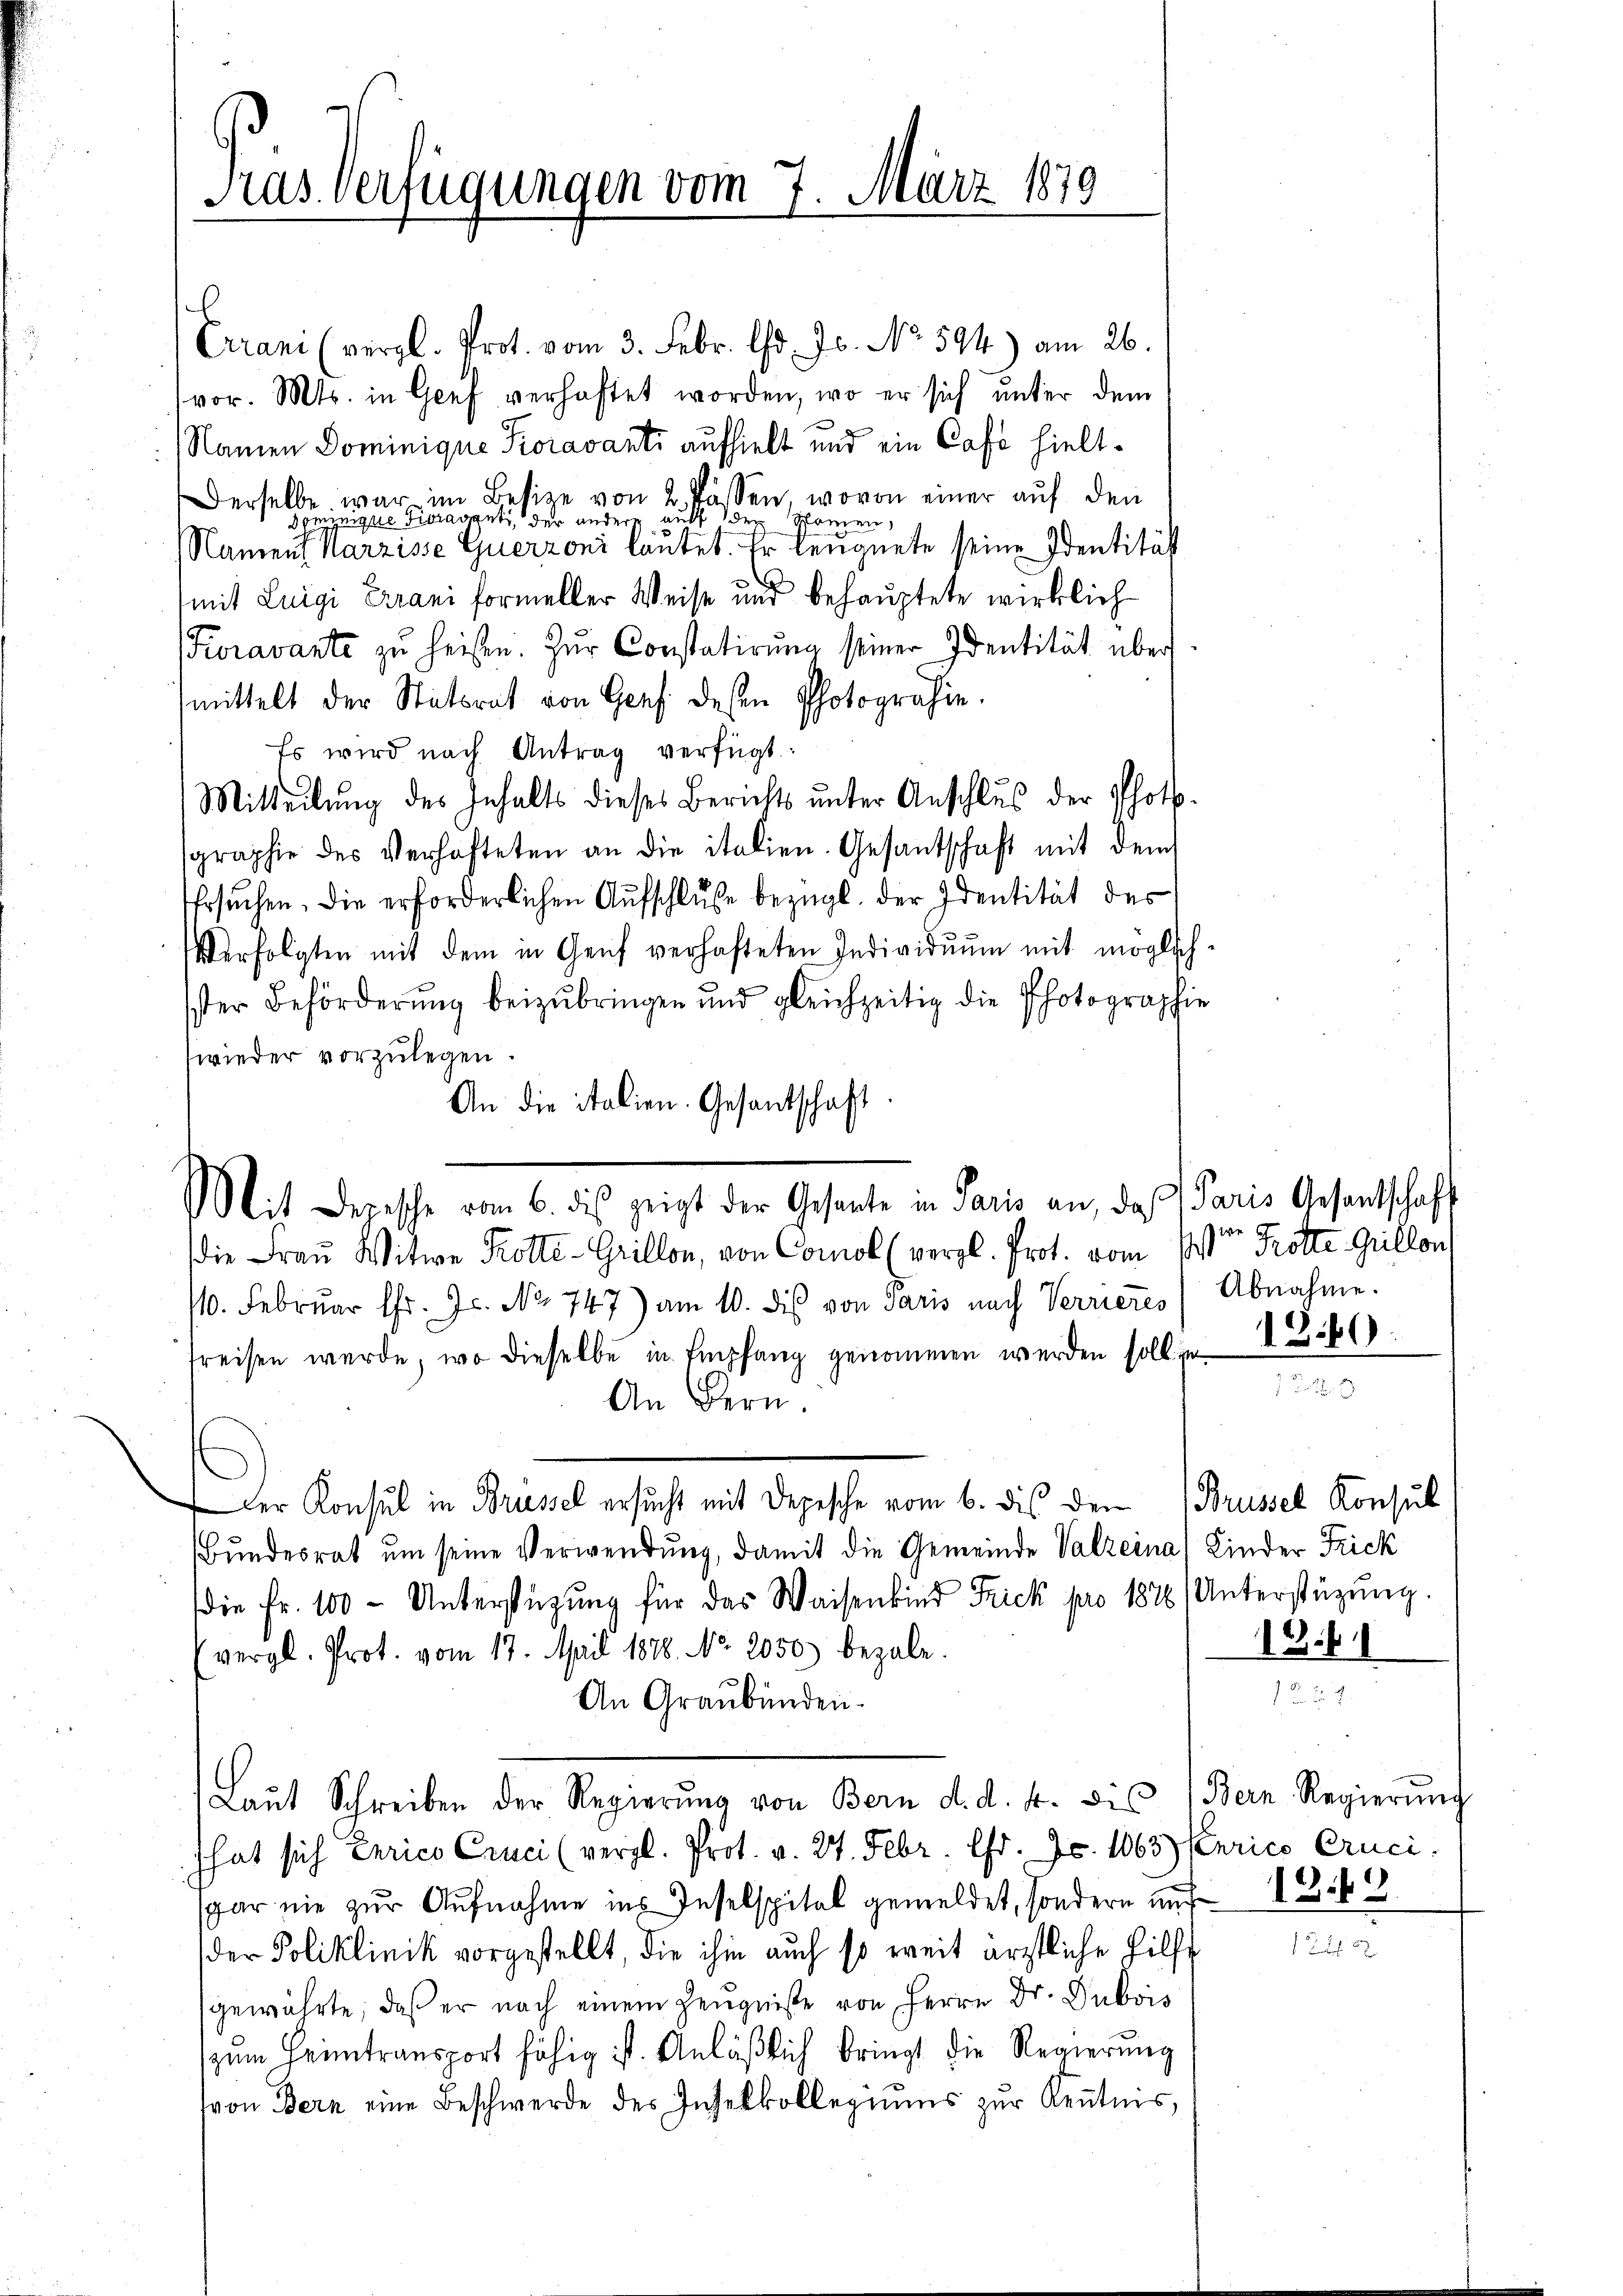
Pras Verfügungen vom 7. März 1870

Crani (vergl. Prot. vom 3. Febr. d. Js. No. 594) am 26.
vor. Mts. in Genf verhaftet worden, wo er sich unter dem
) Namen Dominique Koravanti aufhielt und ein Cafo hielt¬
Derselbe war im Besize von 2. Passen, wovon einer auf den
ominigue Tieraventi, der andere auf den Momen,
Nament Marzisse Guerzoni lautet. Er leugnete seine Identität
mit Luigi Grani formeller Weise und behauptete wirklich¬
Foravante zu heißen. Zŭr Constatirung seiner Identität über
mittelt der Statsrat von Genf dessen Photografie
Es wird nach Antrag verfügt:
Mitteilŭng des Inhalts dieses Berichts ŭnter Anschlŭs der Photo-
graphie des Verhafteten an die italien. Gesantschaft mit dem
Ersuchen. Die erforderlichen Aufschluße bezügl. der Identität des
Verfolgten mit dem in Genf verhafteten Individŭŭm mit möglich-
Ister Beförderung beizubringen und gleichzeitig die Photographie
wieder vorzŭlegen.
An die italien. Gesandtschaft.
die Frau Witwe Krotte-Grillon, von Comol (vergl. Prot. vom 1ten Krotte Guillon
10. Februar Chr. Js. No 747) am 10. dis von Paris nach Verrieres Abnahme.
freisen werde, wo dieselbe in Empfang genommen werden soll zu
An Bern.
Der Konsul in Brüssel ersucht mit Depesche vom 6. dies den Brüssel Konsul
Bŭndesrat ŭm seine Verwendŭng, damit die Gemeinde Valzeina) Kinder Frick
die fr. 100 - Unterstützŭng für das Waisenbind Frick pro 1876/ Unterstützŭng.
(vergl. Prot. vom 17. April 1818. No. 2050) bezale.
An Graubünden.
Laŭt Schreiben der Regierŭng von Bern d. d. 4. bis (Bern Regierŭng
hat sich Errico Cruci (vergl. Prot. v. 27. Febr. Chr. Fr. 1063) Karico Cruci
gar nie zur Aufnahme ins Inselspital gemeldet, sondern und
der Poliklinik vorgestellt, die ihm auch so weit ärztliche Hilfs
gewährte, daß er nach einem Zeugniße von Herrn Dr. Dubois
zum Heimtransport fähig ist. Anläßlich bringt die Regierung
von Bern eine Beschwerde des Insekkollegiums zur Kenntnis,

Mit Depesche vom 6. des zeigt der Gesante in Paris an, das Paris Gesentschaft

1840.

18.8

122